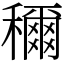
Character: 穪